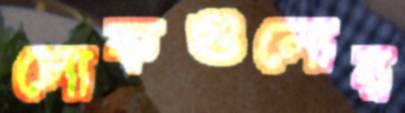
লোকগুলোর